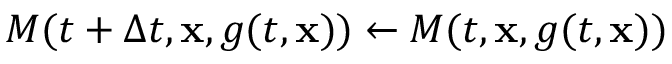
M ( t + \Delta t , \mathbf { x } , g ( t , \mathbf { x } ) ) \xleftarrow { } M ( t , \mathbf { x } , g ( t , \mathbf { x } ) )